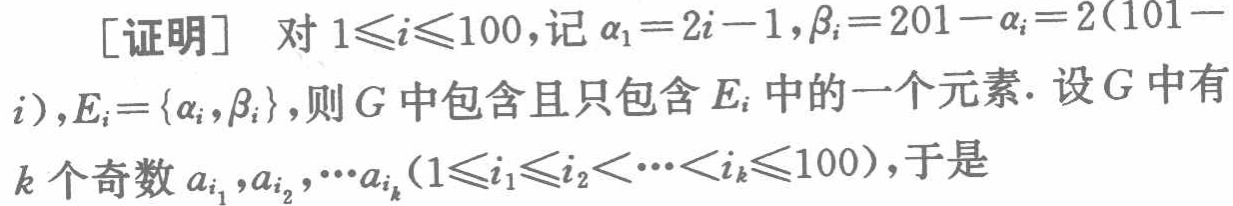
[证明] 对 \(1\leqslant i\leqslant 100\)，记 \(\alpha_{i}=2i - 1\)，\(\beta_{i}=201-\alpha_{i}=2(101 - i)\)，\(E_{i}=\{\alpha_{i},\beta_{i}\}\)，则 \(G\) 中包含且只包含 \(E_{i}\) 中的一个元素. 设 \(G\) 中有 \(k\) 个奇数 \(a_{i_{1}},a_{i_{2}},\cdots a_{i_{k}}(1\leqslant i_{1}\leqslant i_{2}<\cdots <i_{k}\leqslant 100)\)，于是